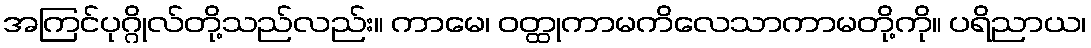
အကြင်ပုဂ္ဂိုလ်တို့သည်လည်း။ ကာမေ၊ ဝတ္ထုကာမကိလေသာကာမတို့ကို။ ပရိညာယ၊